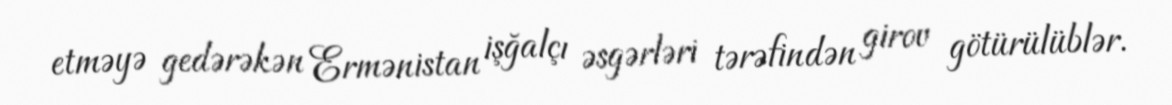
etməyə gedərəkən Ermənistan işğalçı əsgərləri tərəfindən girov götürülüblər.